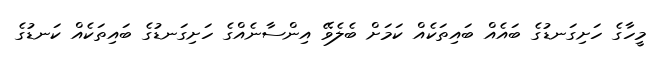
މީހާގެ ހަށިގަނޑުގެ ބައެއް ބައިތަކެއް ކަމަށް ބެލެވޭ އިންސާނެއްގެ ހަށިގަނޑުގެ ބައިތަކެއް ކަނޑުގެ